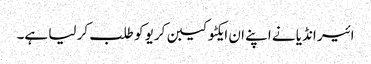
ائیر انڈیا نے اپنے ان ایکٹو کیبن کریو کو طلب کر لیا ہے۔